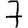
Digit: 7